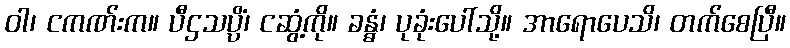
ဝါ၊ ငကဏ်းက။ ပီဌသပ္ပိံ၊ ငဆွံ့ကို။ ခန္ဓံ၊ ပုခုံးပေါ်သို့။ အာရောပေသိ၊ တက်စေပြီ။